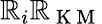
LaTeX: \mathbb{R}_{i}\mathbb{R}_{\mathrm{{~K~M~}}}